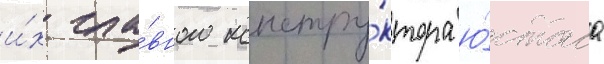
и́х гла́вного констру́ктора ю́стаса